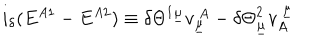
LaTeX: i _ { \delta } ( E ^ { A 1 } - E ^ { A 2 } ) \equiv \delta { \Theta } ^ { 1 \underline { { { \mu } } } } v _ { \underline { { { \mu } } } } ^ { ~ A } - \delta { \Theta } _ { \underline { { { \mu } } } } ^ { 2 } v _ { A } ^ { ~ \underline { { { \mu } } } }